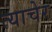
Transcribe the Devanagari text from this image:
त्याचेर